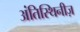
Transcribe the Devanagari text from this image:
अंतिस्थिनीज़